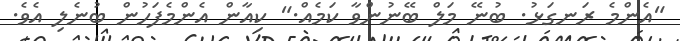
"އެންމެ ރަނގަޅު. ބުނޭ މަލް ބޭނުންވާ ކަމެއް." ކިއާން އެންމެފަހުން ބުނެލި އެވެ.